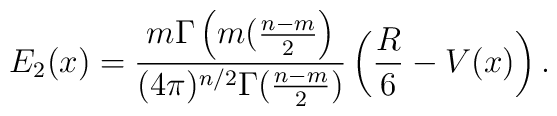
E_2(x) = \frac{m\Gamma\left(m(\frac{n-m}{2}\right)}{(4\pi)^{n/2}\Gamma(\frac{n-m}{2})}\left(\frac{R}{6} - V(x)\right).